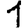
Digit: 1